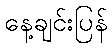
နေ့ချင်းပြန်